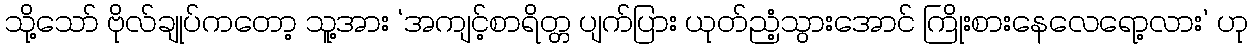
သို့သော် ဗိုလ်ချုပ်ကတော့ သူ့အား ‘အကျင့်စာရိတ္တ ပျက်ပြား ယုတ်ညံ့သွားအောင် ကြိုးစားနေလေရော့လား’ ဟု